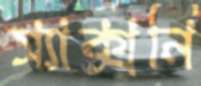
স্যাক্সনি